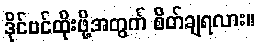
ဒိုင်ဗင်ထိုးဖို့အတွက် စိတ်ချရလား။